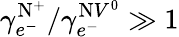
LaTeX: {\gamma_{e^{-}}^{\mathrm{N}^{+}}}/{\gamma_{e^{-}}^{\mathrm{N}V^{0}}}\gg 1